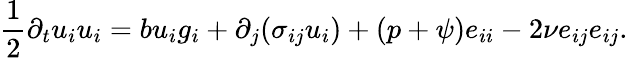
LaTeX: \frac{1}{2}\partial_{t}u_{i}u_{i}=bu_{i}g_{i}+\partial_{j}(\sigma_{ij}u_{i})+(p+\psi)e_{ii}-2\nu e_{ij}e_{ij}.